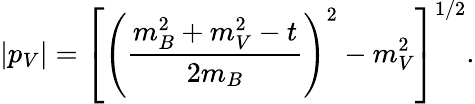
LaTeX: |p_{V}|=\left[\left(\frac{m_{B}^{2}+m_{V}^{2}-t}{2m_{B}}\right)^{2}-m_{V}^{2}\right]^{1/2}.